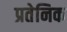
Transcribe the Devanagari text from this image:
प्रतेनिक